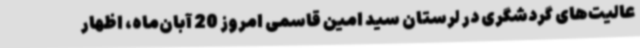
عالیت‌های گردشگری در لرستان سید امین قاسمی امروز 20 آبان‌ماه، اظهار